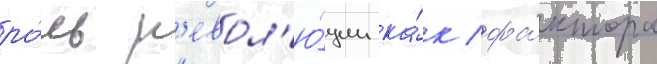
ро́ль р'евол'ю́ции ка́к фа́ктора